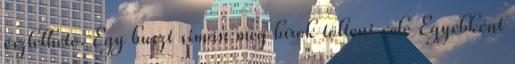
észlelhetõ. Egy buszt simán meg bírok tölteni vele Egyébként